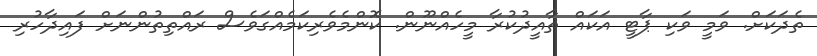
ތެދަކަށް. ވަމީ ވަކި ޕާޓީ އަކައް ތާއީދުކުރާ މީހެއްނޫން. ކޮންމެވެރިކަމެއްގަވެސް ރައްތިތުންނަށް ފައިދާހުރި